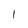
Character: l